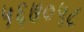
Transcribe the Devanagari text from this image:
५६७०५८